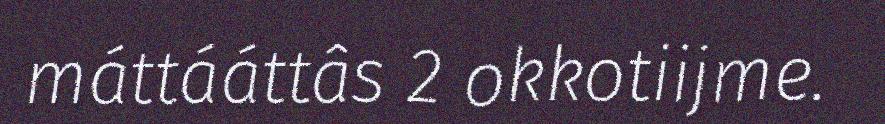
máttááttâs 2 okkotiijme.